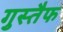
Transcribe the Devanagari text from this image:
गुस्तैफ